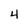
Character: 4